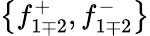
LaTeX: \left\{ f_{1\mp 2}^{+},f_{1\mp 2}^{-}\right\}